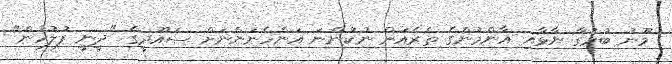
މޫނު ބުރުގާ ނާޅާއި އާންމުންގެ ތެރެއަށް ނުކުންނަ އަންހެނުންނަށް ސައޫދީގެ "ދީނީ ފުލުހުން"